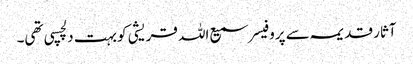
آثار قدیمہ سے پروفیسر سمیع اللہ قریشی کو بہت دلچسپی تھی۔